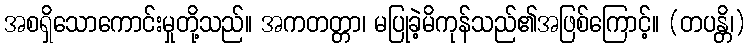
အစရှိသောကောင်းမှုတို့သည်။ အကတတ္တာ၊ မပြုခဲ့မိကုန်သည်၏အဖြစ်ကြောင့်။ (တပန္တိ၊)